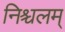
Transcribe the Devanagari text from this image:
निश्चलम्